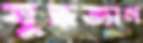
যুদ্ধভ্যান